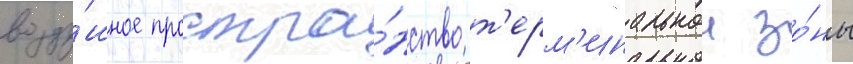
возду́шное простра́нство т'ерм'инальнои зо́ны